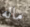
ماله